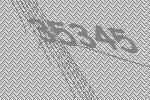
35345